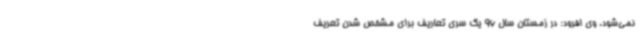
نمی‌شود. وی افرود: در زمستان سال 96 یک سری تعاریف برای مشخص شدن تعریف